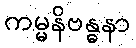
ကမ္မနိဗန္ဓနာ